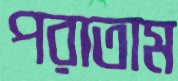
পরাতাম